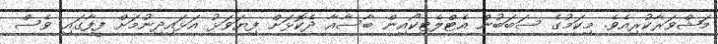
މަޝްވަރާކުރިއެވެ. މިކަމުގެ ސަބަބުން އެޓްލެޓިކޯއިން ބާސާއާ ދެކޮޅަށް ފިޔަވަޅު އަޅައިދިނުމަށް ފީފާގައި ވެސް